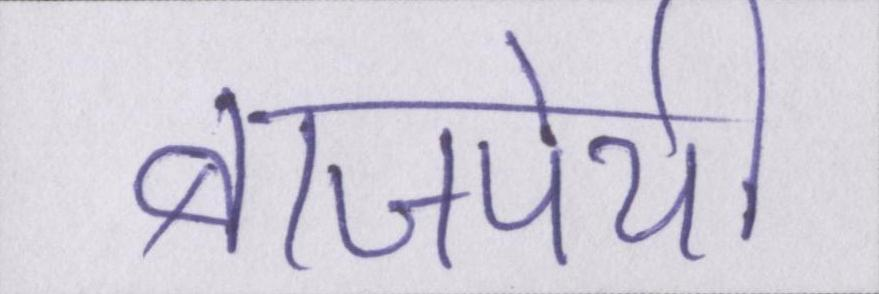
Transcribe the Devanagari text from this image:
बाजपेयी